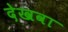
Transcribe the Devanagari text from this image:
देखवा